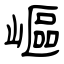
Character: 嶇